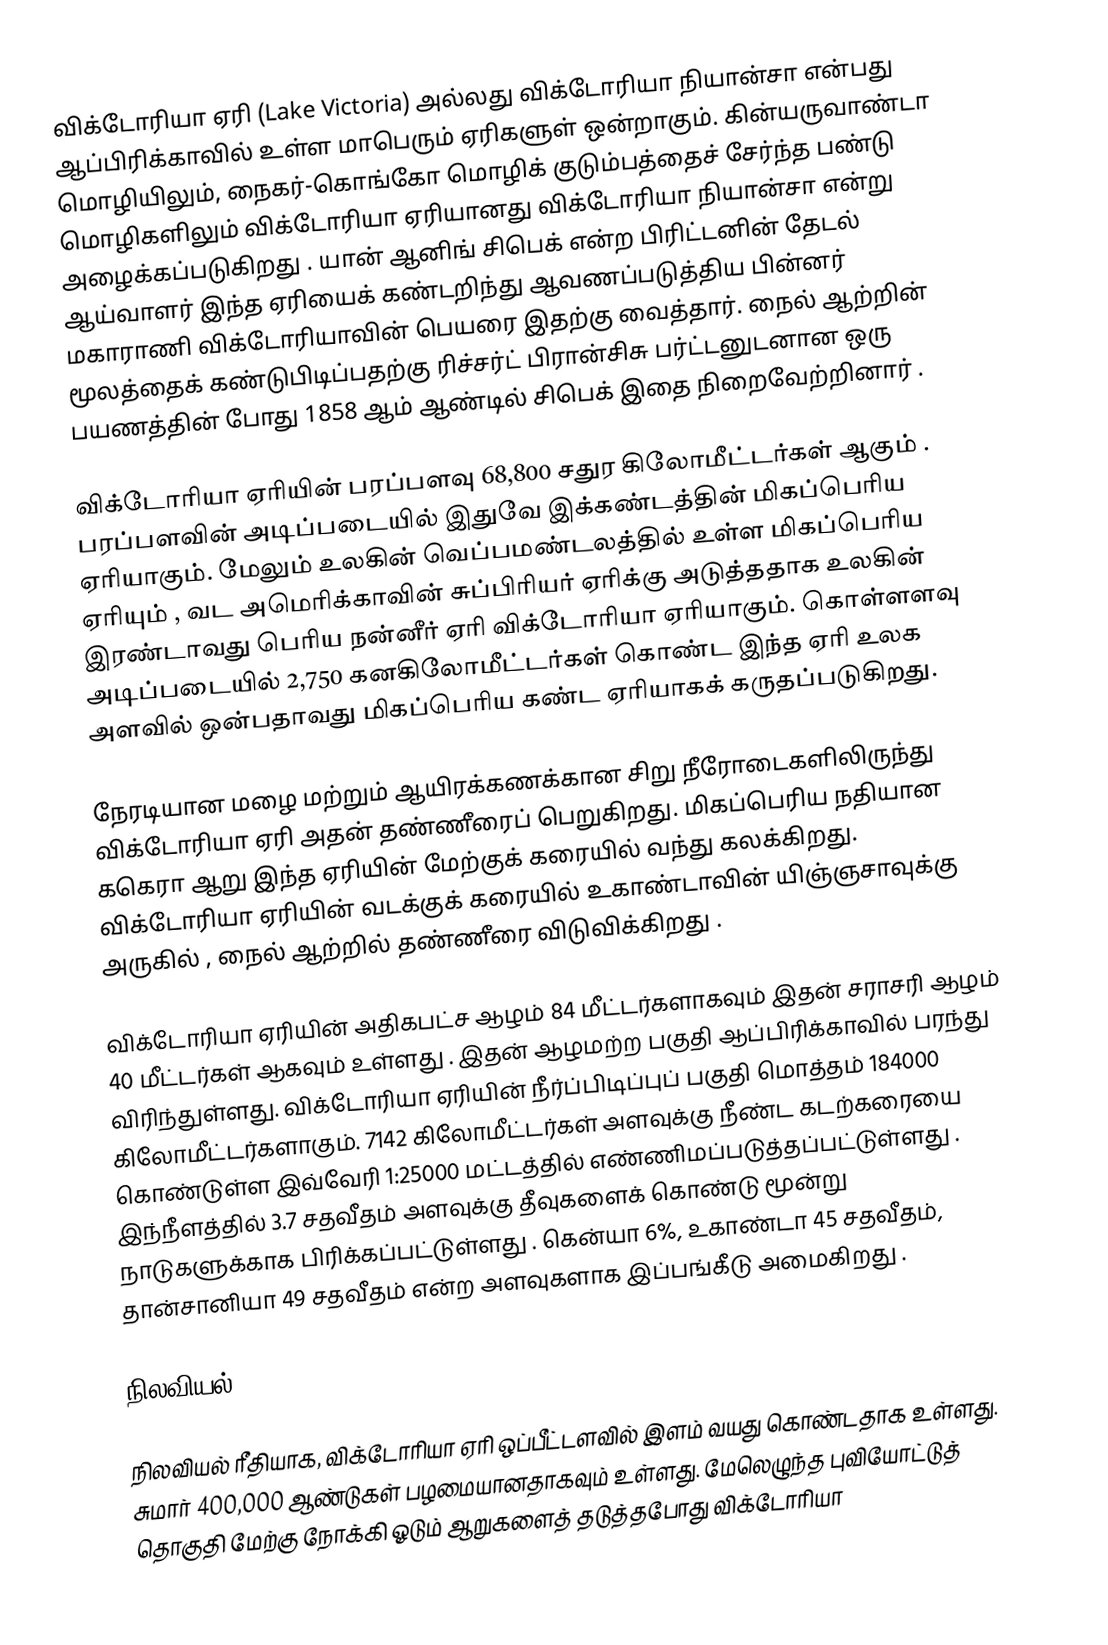
விக்டோரியா ஏரி (Lake Victoria)  அல்லது விக்டோரியா நியான்சா என்பது ஆப்பிரிக்காவில் உள்ள மாபெரும் ஏரிகளுள்  ஒன்றாகும். கின்யருவாண்டா மொழியிலும்,  நைகர்-கொங்கோ மொழிக் குடும்பத்தைச் சேர்ந்த பண்டு மொழிகளிலும் விக்டோரியா ஏரியானது  விக்டோரியா நியான்சா என்று அழைக்கப்படுகிறது . யான் ஆனிங் சிபெக் என்ற பிரிட்டனின் தேடல் ஆய்வாளர் இந்த ஏரியைக் கண்டறிந்து ஆவணப்படுத்திய பின்னர் மகாராணி விக்டோரியாவின் பெயரை இதற்கு வைத்தார். நைல் ஆற்றின் மூலத்தைக் கண்டுபிடிப்பதற்கு ரிச்சர்ட் பிரான்சிசு பர்ட்டனுடனான ஒரு பயணத்தின் போது 1858 ஆம் ஆண்டில் சிபெக்  இதை நிறைவேற்றினார் .

விக்டோரியா ஏரியின் பரப்பளவு 68,800 சதுர கிலோமீட்டர்கள் ஆகும் . பரப்பளவின் அடிப்படையில் இதுவே இக்கண்டத்தின் மிகப்பெரிய ஏரியாகும். மேலும் உலகின் வெப்பமண்டலத்தில் உள்ள மிகப்பெரிய ஏரியும் , வட அமெரிக்காவின் சுப்பிரியர் ஏரிக்கு அடுத்ததாக உலகின் இரண்டாவது பெரிய நன்னீர் ஏரி விக்டோரியா ஏரியாகும்.  கொள்ளளவு அடிப்படையில் 2,750 கனகிலோமீட்டர்கள்  கொண்ட இந்த ஏரி உலக அளவில் ஒன்பதாவது மிகப்பெரிய கண்ட ஏரியாகக் கருதப்படுகிறது.

நேரடியான மழை மற்றும் ஆயிரக்கணக்கான சிறு நீரோடைகளிலிருந்து விக்டோரியா ஏரி அதன் தண்ணீரைப் பெறுகிறது.  மிகப்பெரிய நதியான ககெரா ஆறு இந்த ஏரியின் மேற்குக் கரையில்  வந்து கலக்கிறது. விக்டோரியா ஏரியின் வடக்குக் கரையில் உகாண்டாவின் யிஞ்ஞசாவுக்கு அருகில் , நைல் ஆற்றில் தண்ணீரை விடுவிக்கிறது .

விக்டோரியா ஏரியின் அதிகபட்ச ஆழம் 84 மீட்டர்களாகவும் இதன் சராசரி ஆழம் 40 மீட்டர்கள் ஆகவும் உள்ளது . இதன் ஆழமற்ற பகுதி ஆப்பிரிக்காவில் பரந்து விரிந்துள்ளது. விக்டோரியா ஏரியின் நீர்ப்பிடிப்புப் பகுதி மொத்தம் 184000 கிலோமீட்டர்களாகும். 7142 கிலோமீட்டர்கள் அளவுக்கு நீண்ட கடற்கரையை கொண்டுள்ள இவ்வேரி 1:25000 மட்டத்தில் எண்ணிமப்படுத்தப்பட்டுள்ளது . இந்நீளத்தில் 3.7 சதவீதம் அளவுக்கு தீவுகளைக் கொண்டு மூன்று நாடுகளுக்காக பிரிக்கப்பட்டுள்ளது .  கென்யா 6%, உகாண்டா 45 சதவீதம், தான்சானியா 49 சதவீதம் என்ற அளவுகளாக இப்பங்கீடு அமைகிறது .

நிலவியல்

நிலவியல் ரீதியாக, விக்டோரியா ஏரி ஒப்பீட்டளவில் இளம் வயது கொண்டதாக உள்ளது.   சுமார் 400,000 ஆண்டுகள் பழமையானதாகவும் உள்ளது. மேலெழுந்த புவியோட்டுத் தொகுதி மேற்கு நோக்கி ஓடும் ஆறுகளைத் தடுத்தபோது   விக்டோரியா